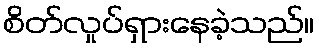
စိတ်လှုပ်ရှားနေခဲ့သည်။